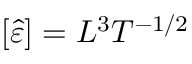
[ \hat { \varepsilon } ] = L ^ { 3 } T ^ { - 1 / 2 }